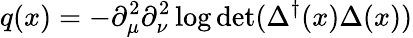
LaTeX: q(x)=-\partial_{\mu}^{2}\partial_{\nu}^{2}\log\operatorname*{det}(\Delta^{\dagger}(x)\Delta(x))